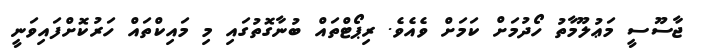
ޖާސޫސީ މަޢުލޫމާތު ހޯދުމަށް ކަމަށް ވެއެވެ. ރިޕޯޓްތައް ބުނާގޮތުގައި މި މައިކްތައް ހަރުކޮށްފައިވަނީ